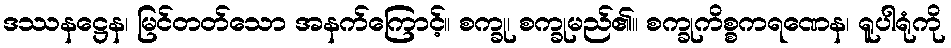
ဒဿနဋ္ဌေန၊ မြင်တတ်သော အနက်ကြောင့်။ စက္ခု၊ စက္ခုမည်၏။ စက္ခုကိစ္စကရဏေန၊ ရူပါရုံကို